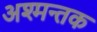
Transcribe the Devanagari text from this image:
अश्मन्तक